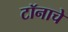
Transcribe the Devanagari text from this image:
टॉनाचे